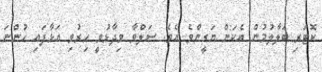
ކޮޓަރި ބަލާލުމުން އެކަން ޔަގީންވެ އެވެ. ސަލްވާ ވިދާޅުވީ ހިރުވި އަޅާފައި ހުންނަ